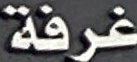
غرفة